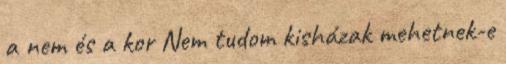
a nem és a kor Nem tudom kisházak mehetnek-e